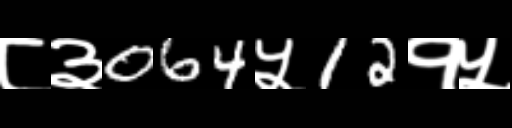
Text: ८३064५12१५